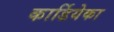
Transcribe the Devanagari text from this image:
कार्डियेका